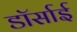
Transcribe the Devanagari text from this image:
डॉर्साई